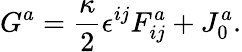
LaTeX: G^{a}=\frac{\kappa}{2}\epsilon^{ij}F_{ij}^{a}+J_{0}^{a}.